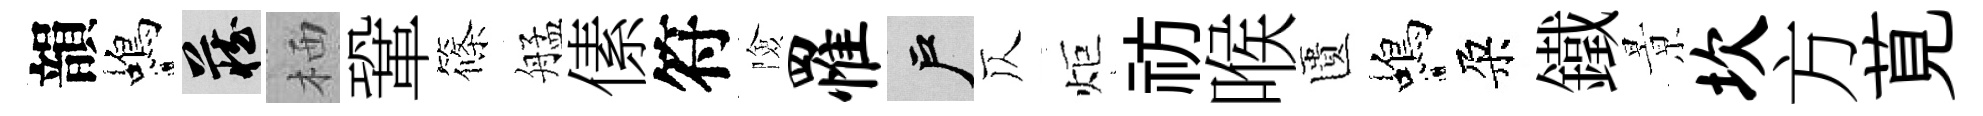
韻蝎藏栖鞏篠艋傃符險罹户仄炬祊喉匱蝎朶鐵㬌坎方莧